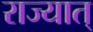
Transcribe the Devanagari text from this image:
राज्यात्